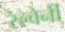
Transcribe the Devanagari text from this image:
रेल्वेनी